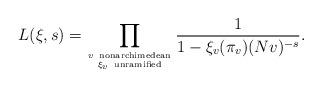
LaTeX: \begin{align*} L(\xi, s) = \prod_{v~{\rm nonarchimedean}\atop{\xi_v ~ {\rm unramified}}} \frac{1}{1 - \xi_v(\pi_v)(Nv)^{-s}}.\end{align*}